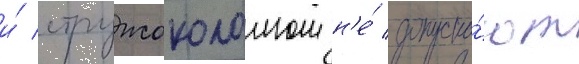
и́ стружоколомом н'е́ допуска́ют